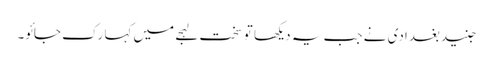
جنید بغدادی نے جب یہ دیکھا تو سخت لہجے میں کہا رک جائو۔